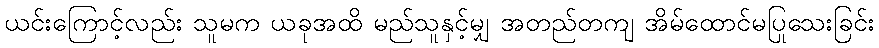
ယင်းကြောင့်လည်း သူမက ယခုအထိ မည်သူနှင့်မျှ အတည်တကျ အိမ်ထောင်မပြုသေးခြင်း